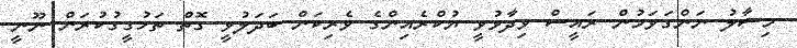
މިސާލު ނަންގަވަމުން ރައީސް ވިދާޅުވީ ޔުކްރެއިންގެ ވެރިކަން ބަދަލުވީ ގޮތް ތަހުގީގުކުރަން ނޫނީ